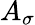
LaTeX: A_{\sigma}